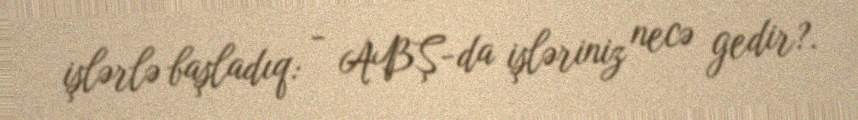
işlərlə başladıq: - ABŞ-da işləriniz necə gedir?.